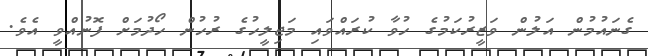
ގެނައުމުން އަލުން ވަޒީރުކަމުގެ ހުވާ ކުރައްވައި މަޖިލީހުގެ ރުހުން ހޯދުމަށް ފޮނުއްވީ އެވެ.